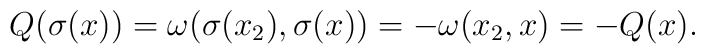
Q(\sigma(x))=\omega(\sigma(x_2),\sigma(x))=-\omega(x_2,x)=-Q(x).